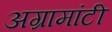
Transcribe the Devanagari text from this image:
अग्रामांटी